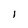
Character: i